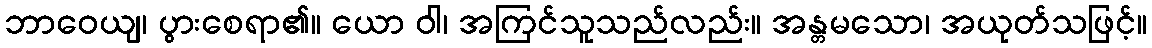
ဘာဝေယျ၊ ပွားစေရာ၏။ ယော ဝါ၊ အကြင်သူသည်လည်း။ အန္တမသော၊ အယုတ်သဖြင့်။